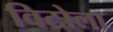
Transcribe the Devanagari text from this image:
विटोला